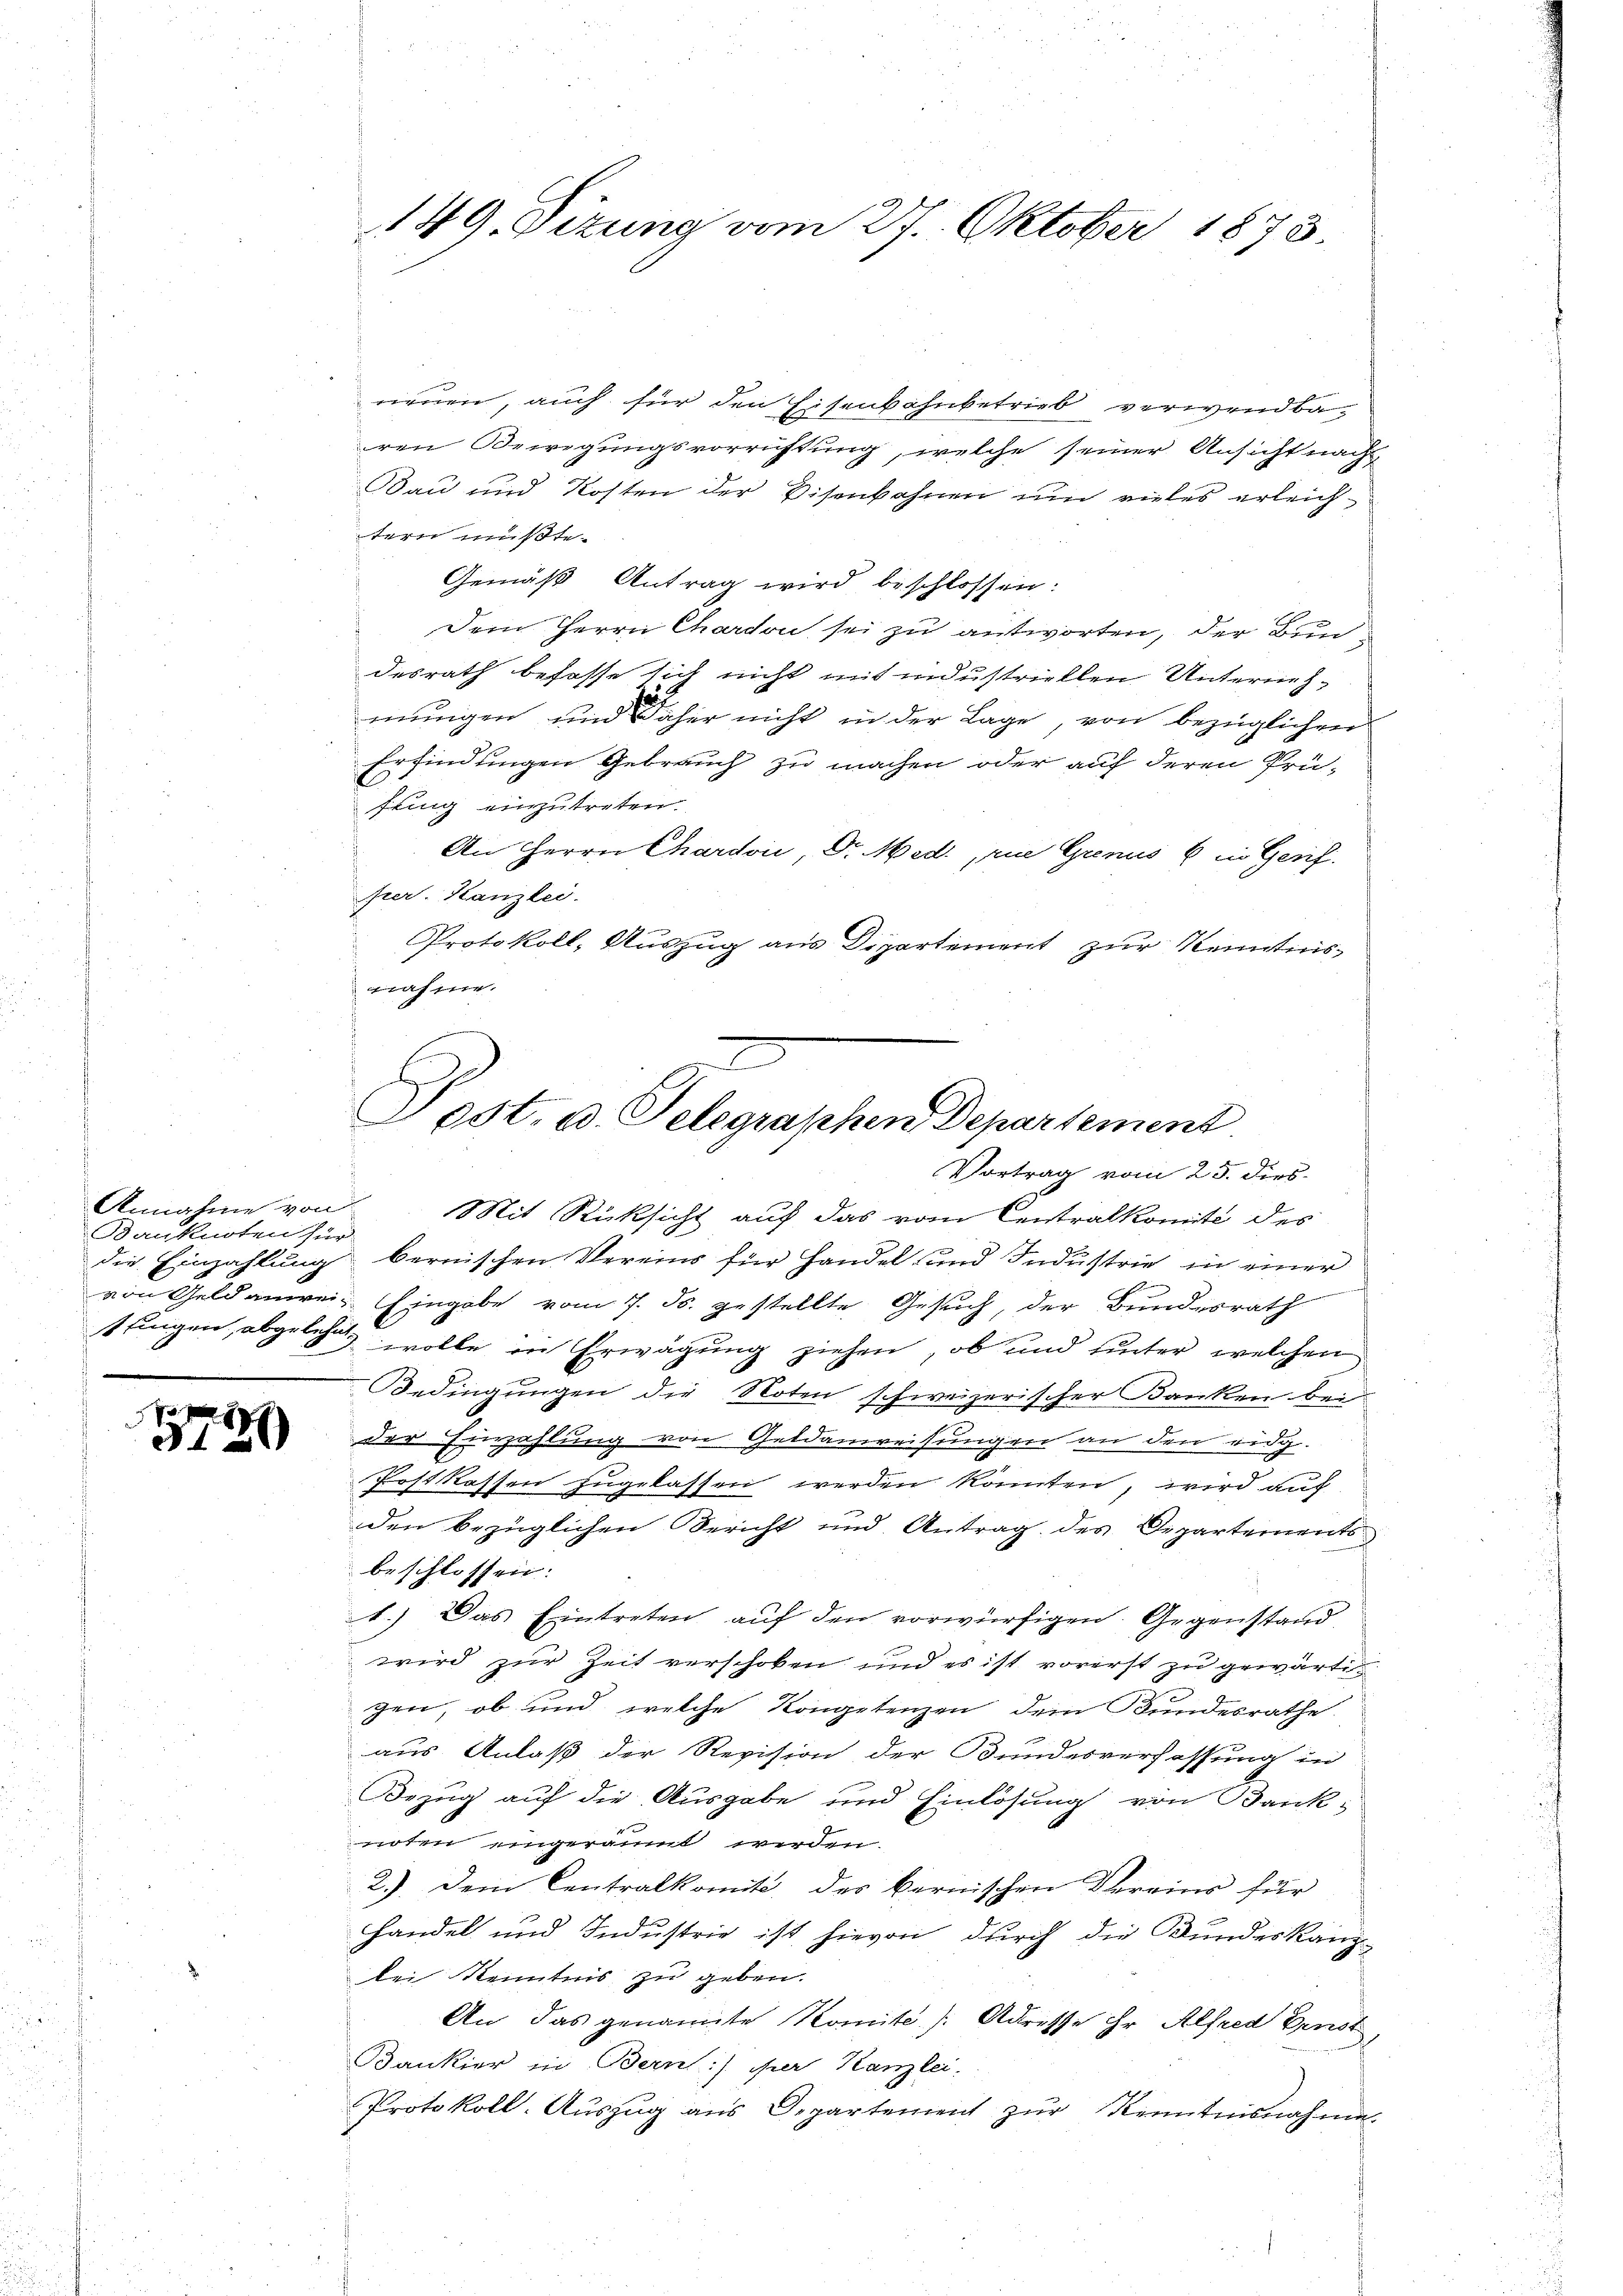
Annahme von
Banknoten für

i
3120

149. Sizung vom 27. Oktober 1873.

neuen, auch für den Eisenbahnbetrieb verwendba
ren Bewegungsvorrichtung, welche seiner Ansicht nach
Sau und Kosten der Visenbahnen und vieles erleichtern mußte.
Gemäß Antrag wird beschlossen:
Dem Herrn Charton sei zu antworten, der Bundesrath befasse sich nicht mit industriellen Unterneh¬
u
mungen und daher nicht in der Lage, von bezüglichen
Erfindungen Gebrauch zu machen oder auf deren Prüfling einzutreten.
An Herrn Chardvić, Dr. Med. rue Grenus 6 in Gerif
per. Kanzlei.
Protokoll, Auszug aus Departement zur Kenntnis
nähme.
Mit Rücksicht auf das vom Centralkomité des
die Einzahlung bernischen Vereins für Handel und Industrie in einer
El
von Geldanwei Eingabe vom 7. ds. gestellte Gesuch, der Bundesrath
stingen, abgelegen wolle in Erwägung ziehen, ob und unter welchen
Bedingungen die Noten schweizerischer Banken bei
der Einzahlung von Geldanweisungen an den eidg.
Postkassen zugelassen werden könnten, wird auf
den bezüglichen Bericht und Antrag des Departements
beschlossen:
1.) Das Eintreten auf den vorwürfigen. Gegenstand
wird zur Zeit verschoben und es ist vorerst zu gewärtig
gen, ob und welche Kompetenzen dem Bundesrathe
aus Anlaß der Revision der Bundesverfassung in
Bezug auf die Ausgabe und Einlösung von Bank-
noten eingeräumt werden.
2). Dein Centralkomit der bernischen Vereins für
handel und Industrie ist hievon durch die Bundeskanzbei Kenntnis zu geben.
An das genannte Komit /: Adresse ihr Alfred Fenst
Bankier in Bern:) ihrer Kanzlei.
Protokoll-Auszug aus Departement zŭr Kenntnisnahme.

Pest, u. Telegraphen Departement
Vortrag vom 25. dies